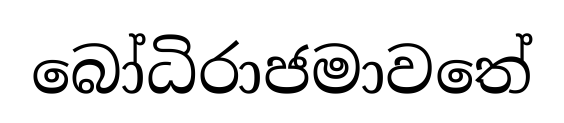
බෝධිරාජමාවතේ